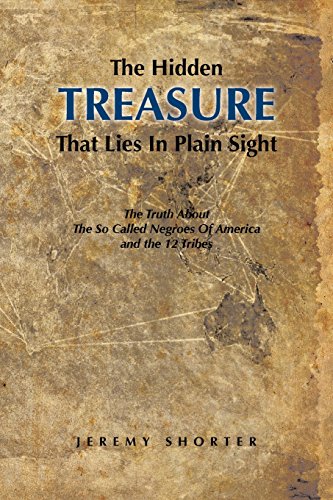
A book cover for The Hidden Treasure That Lies In Plain Sight: The Truth About The So Called Negroes Of America and the 12 Tribes; Jeremy Shorter; Religion & Spirituality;